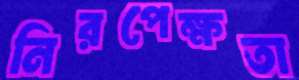
নিরপেক্ষতা